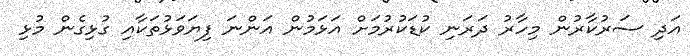
އަދި ސަރުކާރުން މިހާރު ދަރަނި ކުޑަކުރުމަށް އަޅަމުން އަންނަ ފިޔަވަޅުތަކާއި ގުޅިގެން މުޅި